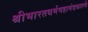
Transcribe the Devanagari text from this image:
श्रीभारतधर्ममहामंडळातर्फे